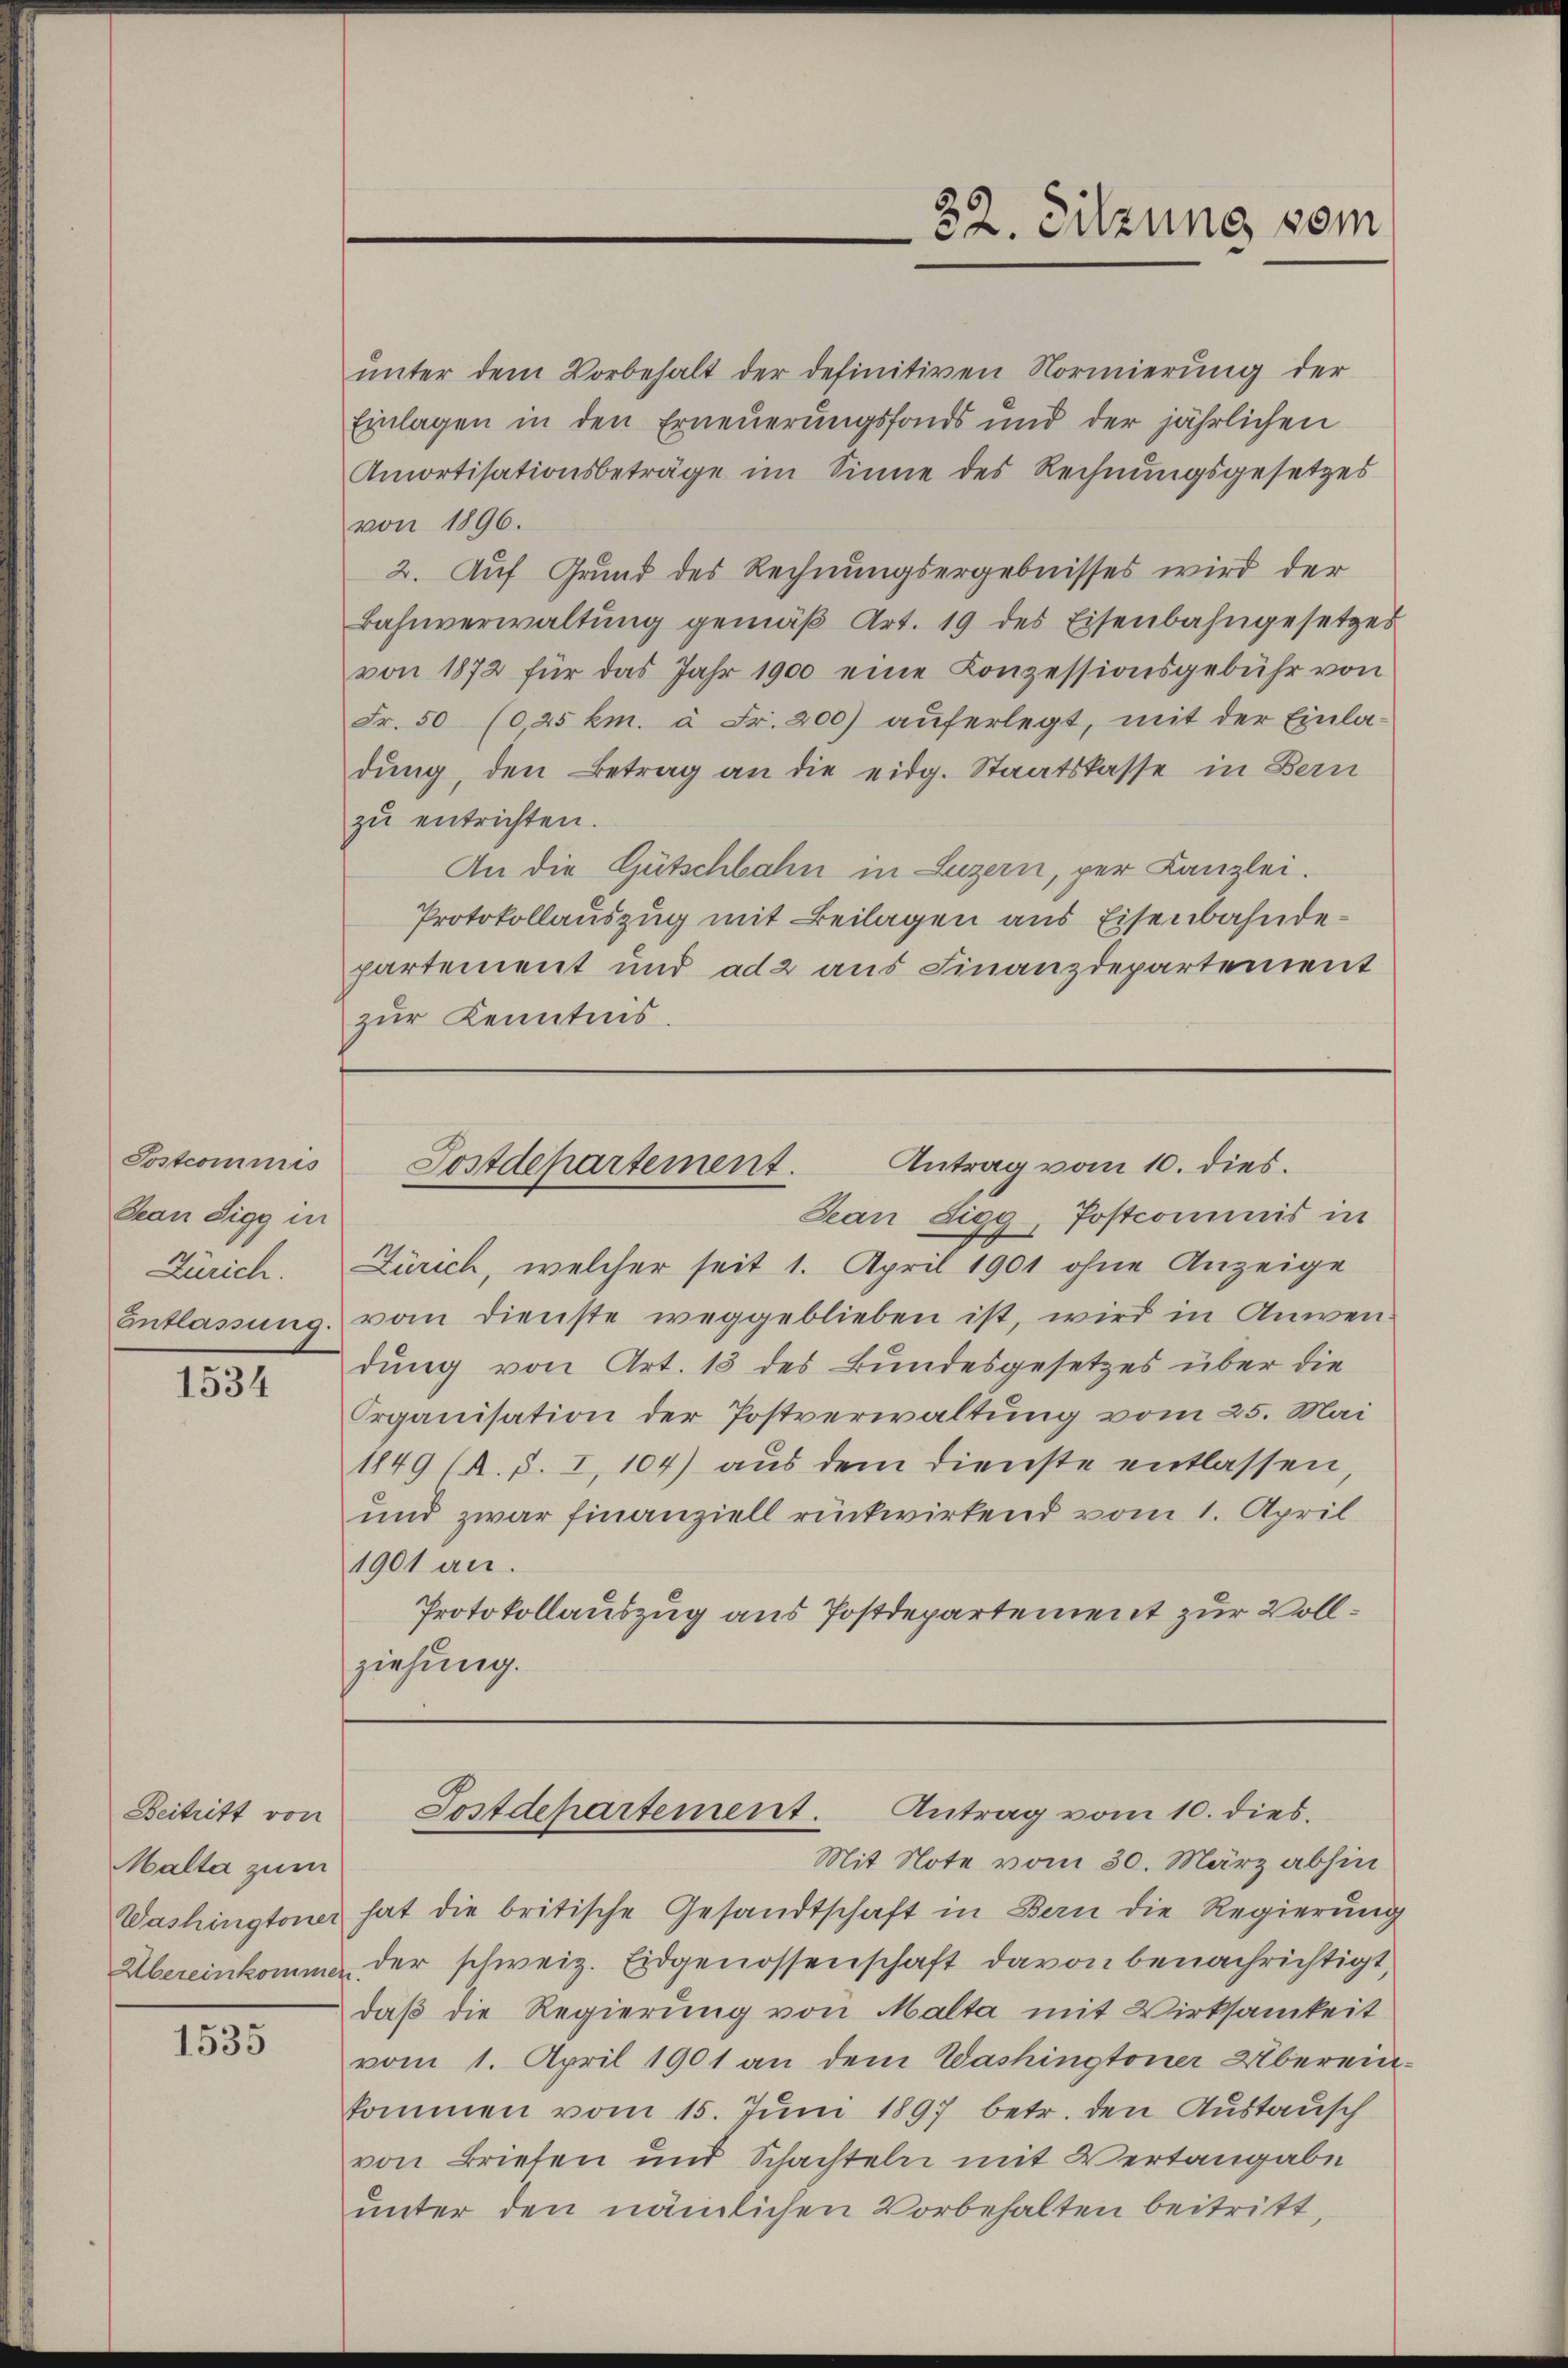
32. Sitzung vom

ŭnter dem Vorbehalt der definitiven Normierŭng der
Einlagen in den Erneuerungsfonds und der jährlichen
Amortisationsbeträge im Sinne des Rechnŭngsgesetzes
von 1896.
2. Auf Grund des Rechnungsergebnisses wird der
Bahnverwaltŭng gemäβ Art. 19 des Eisenbahngesetzes
von 1872 für das Jahr 1900 eine Konzessionsgebühr von
Fr. 50 (0,25 km. à Fr. 200) auferlegt, mit der Einla-
dung, den Betrag an die eidg. Staatskasse in Bern
zŭ entrichten.
An die Gütschbahn in Luzern, per Kanzlei.
Protokollauszug mit Beilagen aus Eisenbahndepartement und ad 2 aus Finanzdepartement
zur Kenntnis.

Sostdepartement. Antrag vom 10. dies.

Sostcommis
Jean Sigg in
Zürich.

San Sigg, Postcommnis in
Zürich, welcher seit 1. April 1901 ohne Anzeige
Entlassŭng vom Dienste weggeblieben ist, wird in Anwen-
dung von Art. 13 des Bundesgesetzes über die
Organisation der Postverwaltung vom 25. Mai
1849 (R. d. I, 104) aus dem Dienste entlassen,
und zwar finanziell rückwirkend vom 1. April
1901 an.
Protokollauszug aus Postdepartement zur Vollziehung.

1534

Postdepartement. Antrag vom 10. dies

Beitritt von
Malta zum

Mit Note vom 30. März abhin
Washingtoner hat die britische Gesandtschaft in Bern die Regierŭng
Übereinkomme der schweiz. Eidgenossenschaft davon benachrichtigt,
daß die Regierung von Malta mit Wirksamkeit
vom 1. April 1901 an dem Washingtoner Überein-
kommen vom 15. Juni 1897 betr. den Austausch
von Briefen und Schachteln mit Vertangabe
unter den nämlichen Vorbehalten beitritt,

1535